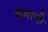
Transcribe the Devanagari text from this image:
बंगानी